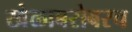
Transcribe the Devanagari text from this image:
खेळाबरोबरच